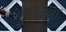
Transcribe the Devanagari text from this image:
लगभर